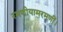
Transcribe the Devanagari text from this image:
रमणीयामरमणीं।